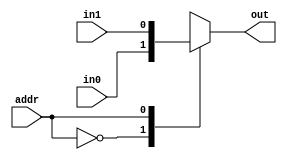
module mux_2to1(out,in0,in1,addr);
parameter n=1 ;//
output[n-1:0] out;
input [n-1:0] in0,in1;
input addr;
reg [n-1:0] out;
always @(in0 or in1 or addr) //
case(addr)
1'b0: out=in0;
1'b1: out=in1;
default: out=1'bx;
endcase
endmodule